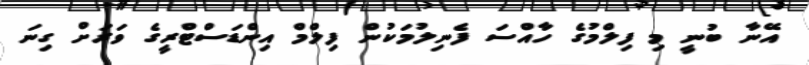
އޭނާ ބުނީ މި ފިލްމުގެ ހާއްސަ ފެނިލުމަކުން ފިލްމް އިންޑަސްޓްރީގެ ވަރަށް ގިނަ